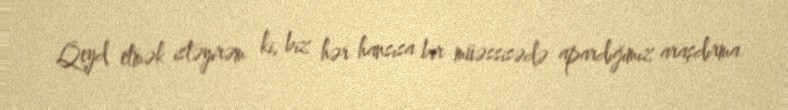
Qeyd etmək istəyirəm ki, biz hər hansısa bir müəssisədə apardığımız araşdırma